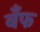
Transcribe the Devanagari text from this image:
बँफ